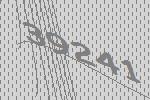
39241